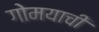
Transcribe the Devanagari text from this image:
गोमयाची